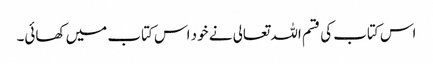
اس کتاب کی قسم اللہ تعالی نے خود اس کتاب میں‌ کھائی۔